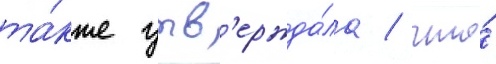
та́кже утв'ержда́ла / что́